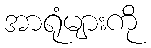
အာရုံများကို